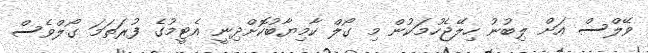
ވޭލްސް އަށް ލިބުނު ހިލޭޖެހުމަކުން މި ގޯލް ކާމިޔާބުކޮށްދިނީ އެޓީމުގެ ފުރަތަމަ ގޯލްވެސް